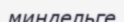
миндельге